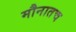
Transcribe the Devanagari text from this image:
मौनातच